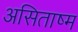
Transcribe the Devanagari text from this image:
असिताष्म